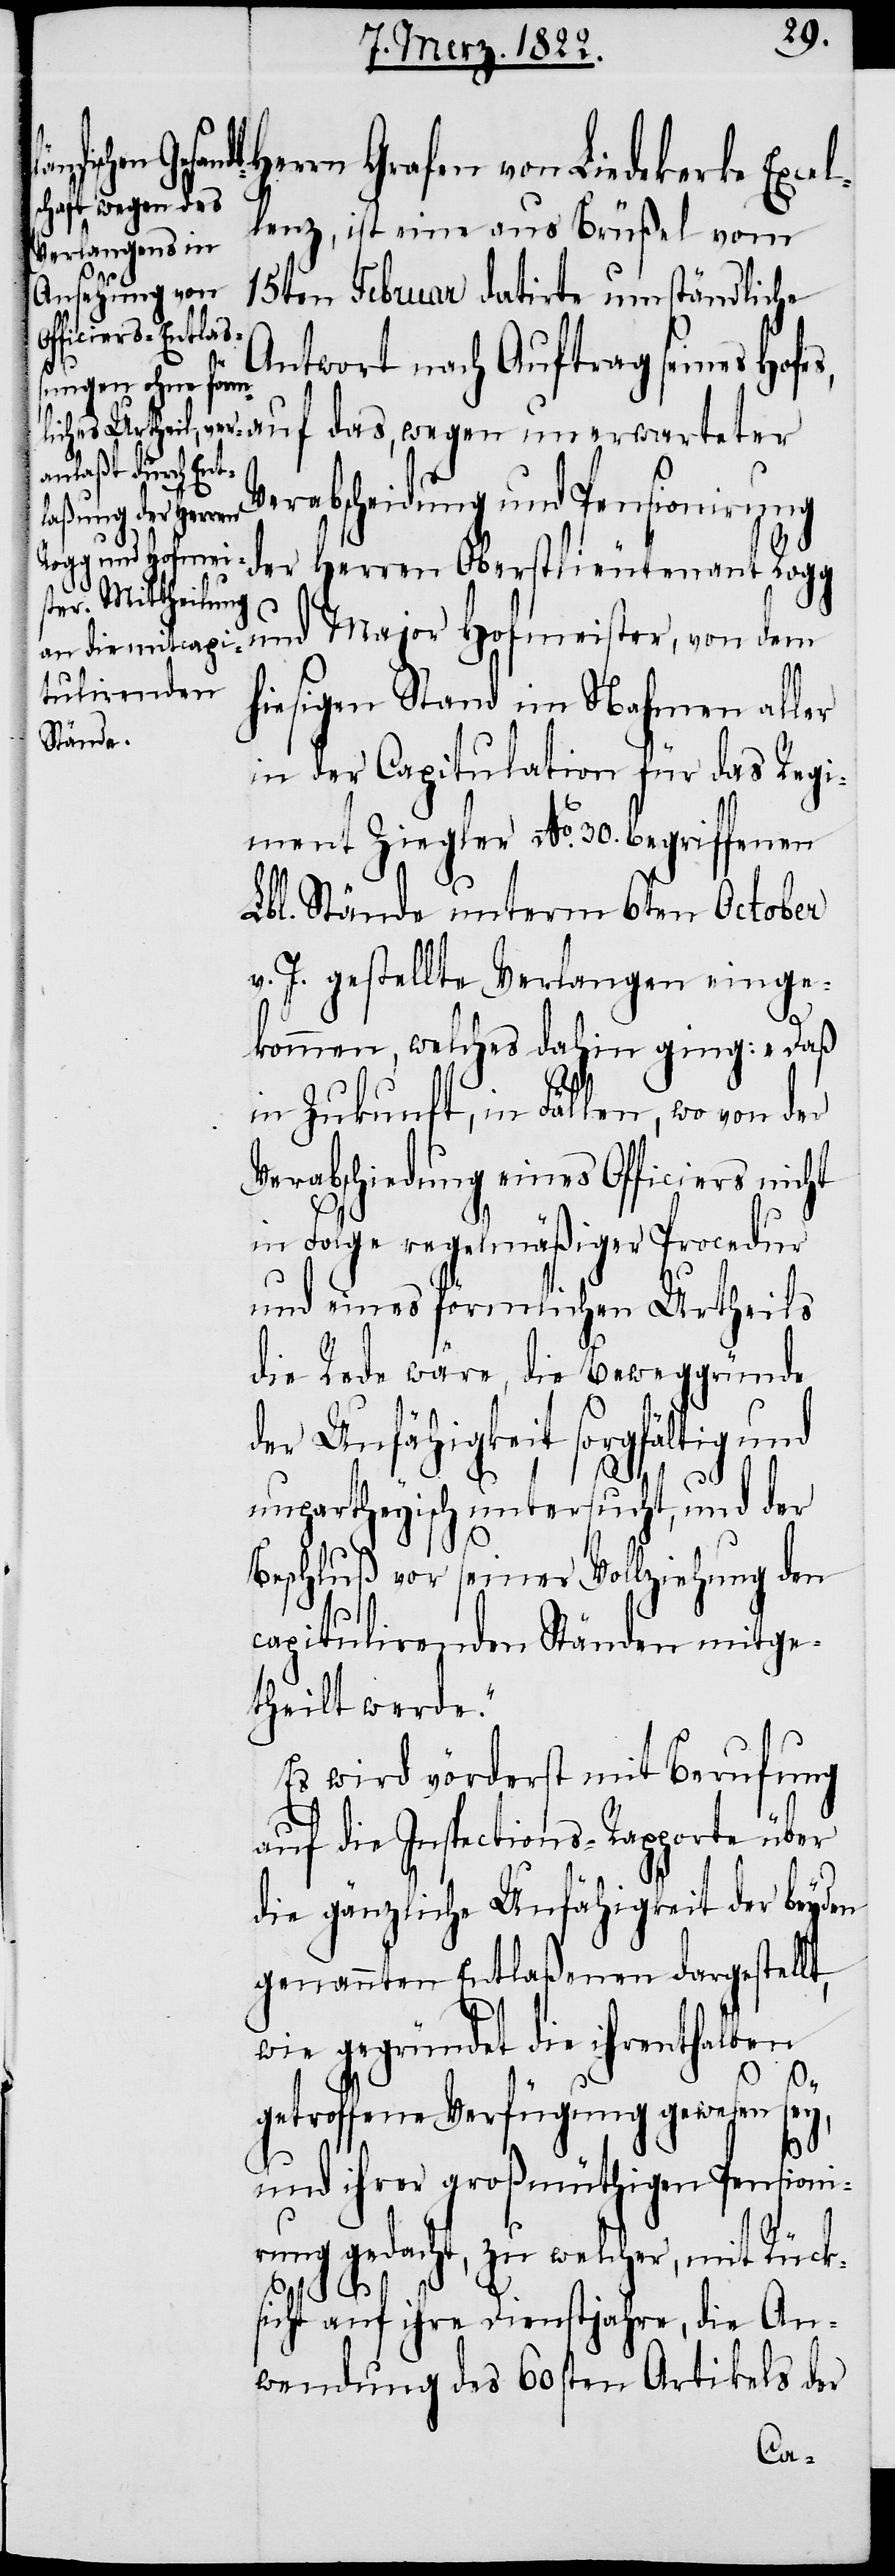
Herrn Grafen von Liedekerke Exce¬
llenz, ist eine aus Brüßel vom
15ten Februar datirte umständliche
Antwort nach Auftrag seines Hofes,
wegen unerwarte¬
Verabscheidung und Pensionirung
der Herren Oberstlieutenant Rogg
und Major Hofmeister, von dem
hiesigen Stand im Nahmen aller
in der Capitulation für das Regi¬
ment Ziegler No. 30. begriffenen
Lbl. Stände unterm 6ten October
v. J. gestellte Verlangen einge¬
kommen, welches dahin ging: „Daß
in Zukunft, in Fällen, wo von der
Verabschiedung eines Officiers nicht
in Folge regelmäßiger Procedur
und eines förmlichen Urtheils
die Rede wäre, die Beweggründe
der Unfähigkeit sorgfältig und
unpartheyisch untersucht, und der
ter
Beschluß vor seiner Vollziehung den
capitulirenden Ständen mitge¬
theilt werde.“
Es wird vörderst mit Berufung
auf die Inspections-Rapporte über
die gänzliche Unfähigkeit der beyden
genannten Entlaßenen dargestellt,
wie gegründet die ihrenthalben
getroffene Verfügung gewesen sey,
und ihrer großmüthigen Pensioni¬
rung gedacht, zu welcher, mit Rück¬
sicht auf ihre Dienstjahre, die An¬
wendung des 60sten Artikels der